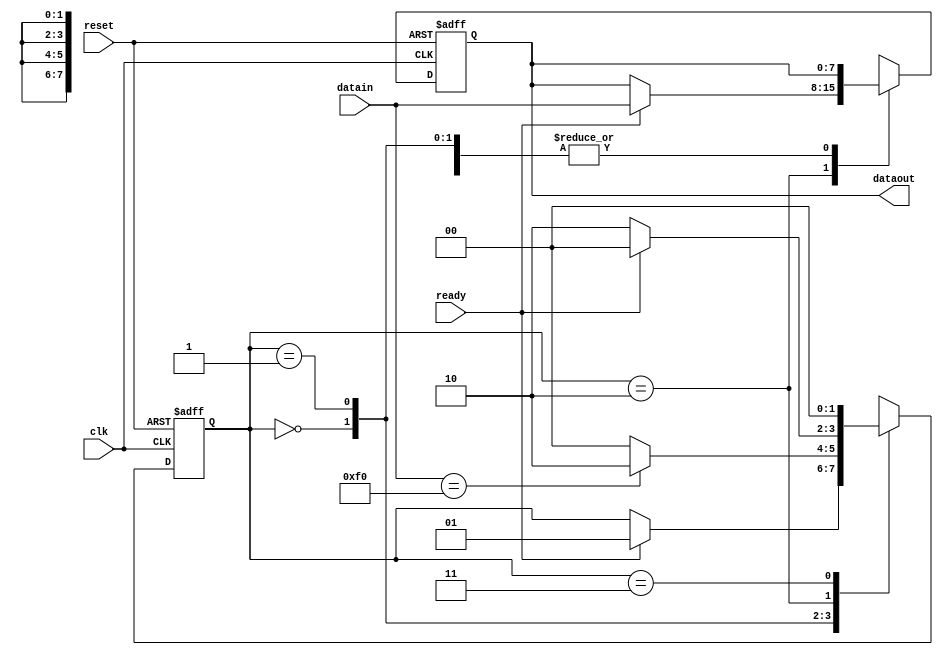
`timescale 1ns / 1ps
//////////////////////////////////////////////////////////////////////////////////
// Instituto Tecnologico de Costa Rica
//
// Estudiantes: Luis Adrin Castillo J
//				    Carlos Carranza
//
//	
// Module:  PS2_CONTROLER 
// Design Name: 
// Module Name:    Dato 
// Project Name: 
// Target Devices: 
// Tool versions: 
// Description: 
//
// Dependencies: 
//
// Revision: 
// Revision 0.01 - File Created
// Additional Comments: 
//
//////////////////////////////////////////////////////////////////////////////////
module Dato(
 input wire ready, clk,reset, input wire [7:0] datain, output reg [7:0] dataout);

//declaracin de seales 	 
reg [1:0] estado, est_sig;
reg [7:0] data_sig;


//inicializacin
 
 
always @(posedge clk,posedge reset) 
	begin
	if(reset) begin
		estado=2'b00;
	   dataout=8'd0;
		
		end
	else 
		begin
		dataout=data_sig;
		estado=est_sig;
	
		
		end
	end
	



always@*
	begin 
		 
		est_sig=estado; 
		
		data_sig=dataout;
		

	case(estado)
	2'b00: 
	begin
		if (ready) begin
			
			est_sig=2'b01; end 
		else begin
			est_sig=estado;end 
	end
	
	2'b01: 
	begin
		if ((datain)==(8'hf0))begin
			est_sig=2'b10;end
		else begin
			est_sig=2'b00;end		
	end
	
	2'b10: 
	begin
	
		if (ready) 
			begin
			data_sig=datain;
		
			est_sig=2'b00;
			
			end
		else begin
			est_sig=2'b10; end		
	end 
	
	2'b11:begin 
	 est_sig=2'b00; end
	
		



endcase

end
	
endmodule